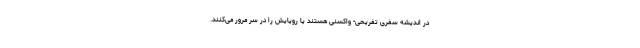
در اندیشه سفری تفریحی- واکسنی هستند یا رویایش را در سر مرور می‌کنند.